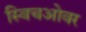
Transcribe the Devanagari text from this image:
स्विचओवर